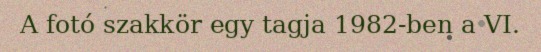
A fotó szakkör egy tagja 1982-ben a VI.